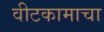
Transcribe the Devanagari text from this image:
वीटकामाचा